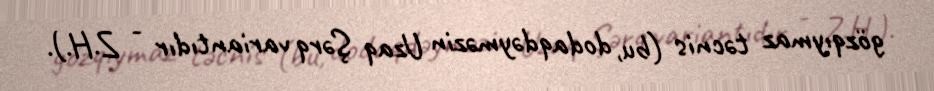
gözqıymaz təcnis (bu, dodaqdəyməzin Uzaq Şərq variantıdır - Z.H.).